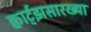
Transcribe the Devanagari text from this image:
क्वार्ट्‌झसारख्या